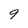
Character: 9